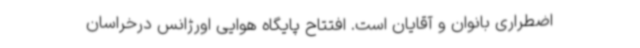
اضطراری بانوان و آقایان است. افتتاح پایگاه هوایی اورژانس درخراسان